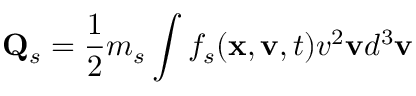
\mathbf { Q } _ { s } = \frac { 1 } { 2 } m _ { s } \int f _ { s } ( \mathbf { x } , \mathbf { v } , t ) v ^ { 2 } \mathbf { v } d ^ { 3 } \mathbf { v }